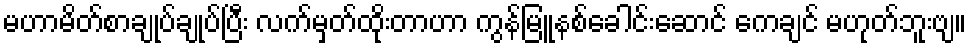
မဟာမိတ်စာချုပ်ချုပ်ပြီး လက်မှတ်ထိုးတာဟာ ကွန်မြူနစ်ခေါင်းဆောင် ကေချင် မဟုတ်ဘူးဗျ။